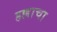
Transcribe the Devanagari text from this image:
हल्लाचा